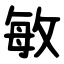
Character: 敏